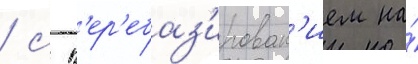
/ с п'ер'ебаз'ирован'ием на́